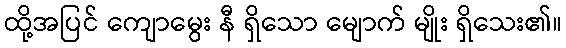
ထို့အပြင် ကျောမွေး နီ ရှိသော မျောက် မျိုး ရှိသေး၏။